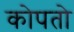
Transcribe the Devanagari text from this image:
कोपतो